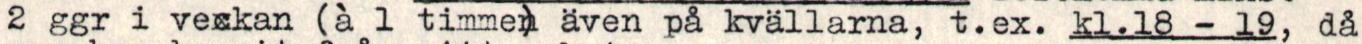
2 ggr i veckan (à 1 timmen även på kvällarna, t.ex. kl.18 - 19, då